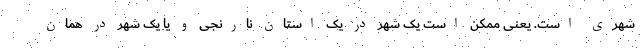
شهری است. یعنی ممکن است یک شهر در یک استان نارنجی و یا یک شهر در همان